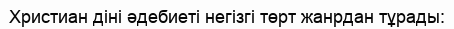
Христиан діні әдебиеті негізгі төрт жанрдан тұрады: